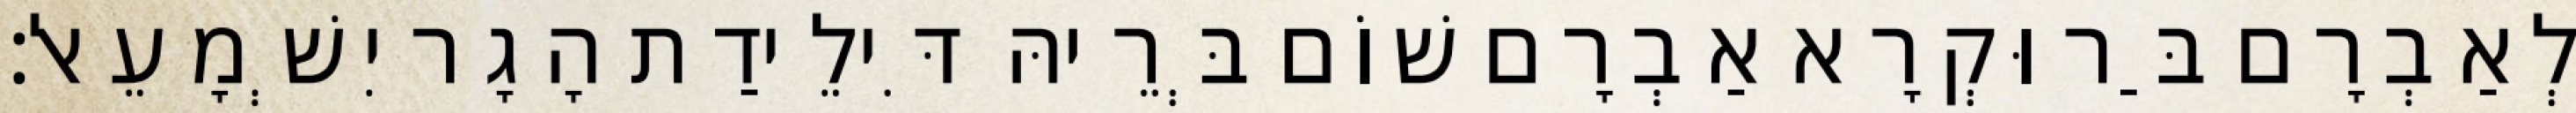
לְאַבְרָם בַּר וּקְרָא אַבְרָם שׁוֹם בְּרֵיהּ דִּילֵידַת הָגָר יִשְׁמָעֵאל׃